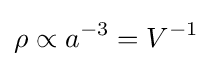
\rho \propto a^{-3}=V^{-1}